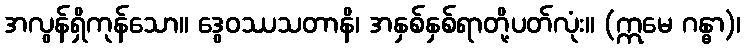
အလွန်ရှိကုန်သော။ ဒွေဝဿသတာနိ၊ အနှစ်နှစ်ရာတို့ပတ်လုံး။ (ဣမေ ဂန္ဓာ)၊